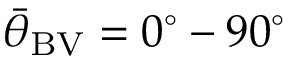
{ \bar { \theta } } _ { \mathrm { B V } } = 0 ^ { \circ } - 9 0 ^ { \circ }